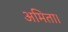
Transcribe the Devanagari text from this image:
अमिता।